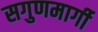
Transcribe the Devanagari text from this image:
सगुणमार्गी